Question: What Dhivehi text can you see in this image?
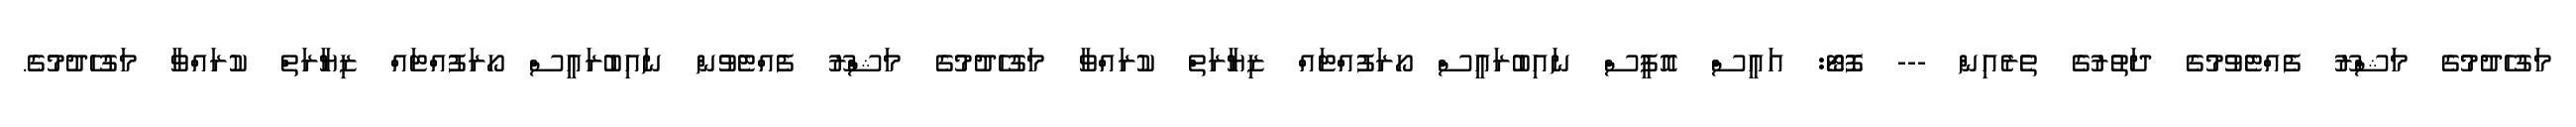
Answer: މަގުހެދުމުގެ މަޝްރޫ ފެއްޓެވުމުގެ ދަތުރުގެ ތެރެއިން --- ފޮޓޯ: އައީސް އޮފީސް ނައިބުރައީސް ހޯރަފުއްޓައް ޒިޔާރަތް ކުރައްވާ މަގުހެދުމުގެ މަޝްރޫ ފެއްޓެވުން ނައިބުރައީސް ހޯރަފުއްޓައް ޒިޔާރަތް ކުރައްވާ މަގުހެދުމުގެ.